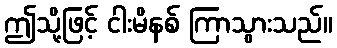
ဤသို့ဖြင့် ငါးမိနစ် ကြာသွားသည်။